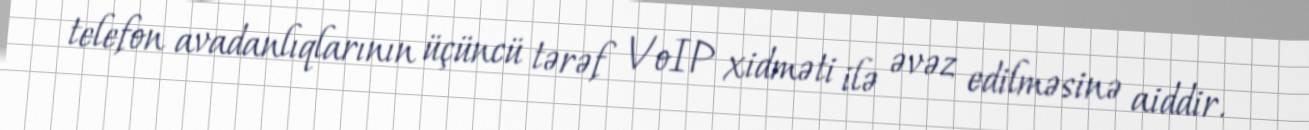
telefon avadanlıqlarının üçüncü tərəf VoIP xidməti ilə əvəz edilməsinə aiddir.